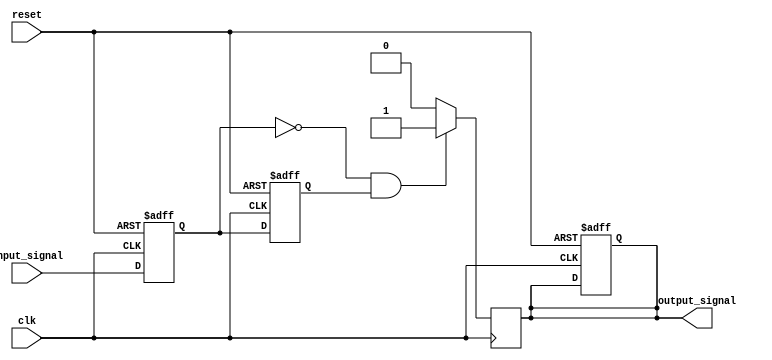
module falling_edge_detector (
    input wire clk,              // Clock signal
    input wire reset,            // Reset signal
    input wire input_signal,      // Input signal to detect falling edge
    output reg output_signal      // Output signal indicating falling edge
);

    // Internal registers to hold the current and previous states of the input signal
    reg ff1;                     // D Flip-Flop 1 (current state)
    reg ff2;                     // D Flip-Flop 2 (previous state)

    // Always block triggered on the rising edge of the clock
    always @(posedge clk or posedge reset) begin
        if (reset) begin
            // Reset the flip-flops and output signal
            ff1 <= 0;
            ff2 <= 0;
            output_signal <= 0;
        end else begin
            // Capture the current state of the input signal
            ff1 <= input_signal;
            // Update the previous state
            ff2 <= ff1;
        end
    end

    // Always block to detect falling edge
    always @(posedge clk) begin
        // Check for falling edge condition
        if (ff1 == 0 && ff2 == 1) begin
            output_signal <= 1; // Falling edge detected
        end else begin
            output_signal <= 0; // No falling edge
        end
    end

endmodule